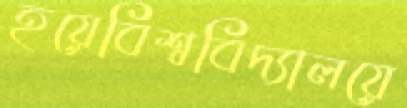
হয়েবিশ্ববিদ্যালয়ে